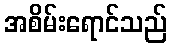
အစိမ်းရောင်သည်